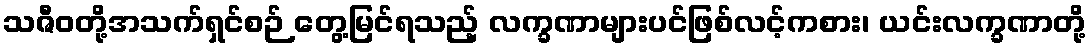
သဇီဝတို့အသက်ရှင်စဉ် တွေ့မြင်ရသည့် လက္ခဏာများပင်ဖြစ်လင့်ကစား၊ ယင်းလက္ခဏာတို့